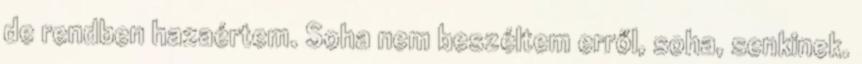
de rendben hazaértem. So­ha nem beszéltem erről, soha, senkinek.